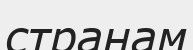
странам